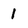
Character: 1